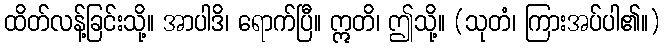
ထိတ်လန့်ခြင်းသို့။ အာပါဒိ၊ ရောက်ပြီ။ ဣတိ၊ ဤသို့။ (သုတံ၊ ကြားအပ်ပါ၏။)